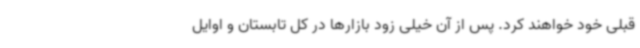
قبلی خود خواهند کرد. پس از آن خیلی زود بازارها در کل تابستان و اوایل